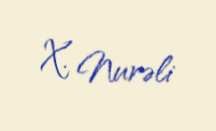
X. Nurəli